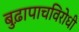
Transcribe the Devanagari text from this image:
बुढ़ापाचविरोधी